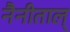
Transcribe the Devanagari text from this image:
नैनीताल्